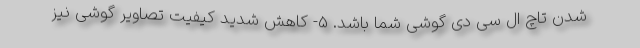
شدن تاچ ال سی دی گوشی شما باشد. 5- کاهش شدید کیفیت تصاویر گوشی نیز